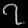
Digit: ၇